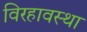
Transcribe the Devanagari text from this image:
विरहावस्था